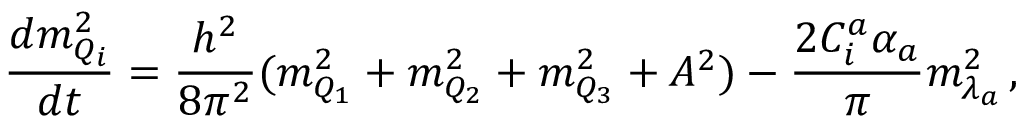
\frac { d m _ { Q _ { i } } ^ { 2 } } { d t } = \frac { h ^ { 2 } } { 8 \pi ^ { 2 } } ( m _ { Q _ { 1 } } ^ { 2 } + m _ { Q _ { 2 } } ^ { 2 } + m _ { Q _ { 3 } } ^ { 2 } + A ^ { 2 } ) - \frac { 2 C _ { i } ^ { a } \alpha _ { a } } { \pi } m _ { \lambda _ { a } } ^ { 2 } \, ,